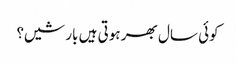
کوئی سال بھر ہوتی ہیں بارشیں؟